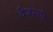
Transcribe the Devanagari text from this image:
वैजन्ती